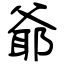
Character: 爺